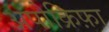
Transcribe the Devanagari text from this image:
अपोक्रिफ़ा